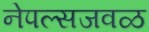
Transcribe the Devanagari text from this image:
नेपल्सजवळ